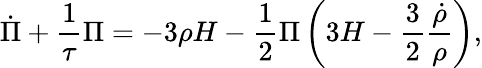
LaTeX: \dot{\Pi}+\frac 1{\tau}\Pi=-3\rho H-\frac 12\Pi\left(3H-\frac 32\frac{\dot{\rho}}{\rho}\right),